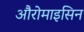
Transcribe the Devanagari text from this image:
औरोमाइसिन